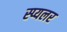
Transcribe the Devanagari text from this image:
स्प्यलर